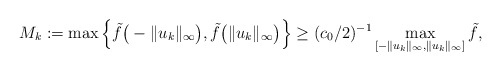
\begin{align*}M_k:=\max \Big\{\tilde{f}\big(-\|u_k\|_{\infty}\big),\tilde{f}\big(\|u_k\|_{\infty}\big)\Big\} \ge (c_0/2)^{-1}\max_{[-\|u_k\|_{\infty},\|u_k\|_{\infty}]}\tilde{f},\end{align*}